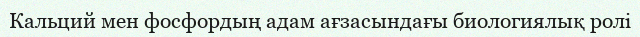
Кальций мен фосфордың адам ағзасындағы биологиялық ролi